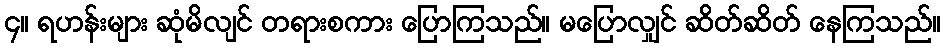
၄။ ရဟန်းများ ဆုံမိလျင် တရားစကား ပြောကြသည်။ မပြောလျှင် ဆိတ်ဆိတ် နေကြသည်။